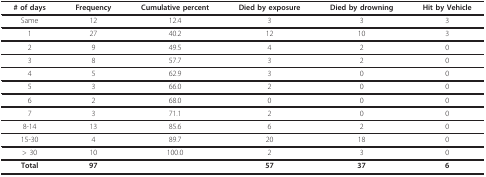
<table><thead><tr><td><b># of days</b></td><td><b>Frequency</b></td><td><b>Cumulative percent</b></td><td><b>Died by exposure</b></td><td><b>Died by drowning</b></td><td><b>Hit by Vehicle</b></td></tr></thead><tbody><tr><td>Same</td><td>12</td><td>12.4</td><td>3</td><td>3</td><td>3</td></tr><tr><td>1</td><td>27</td><td>40.2</td><td>12</td><td>10</td><td>3</td></tr><tr><td>2</td><td>9</td><td>49.5</td><td>4</td><td>2</td><td>0</td></tr><tr><td>3</td><td>8</td><td>57.7</td><td>3</td><td>2</td><td>0</td></tr><tr><td>4</td><td>5</td><td>62.9</td><td>3</td><td>0</td><td>0</td></tr><tr><td>5</td><td>3</td><td>66.0</td><td>2</td><td>0</td><td>0</td></tr><tr><td>6</td><td>2</td><td>68.0</td><td>0</td><td>0</td><td>0</td></tr><tr><td>7</td><td>3</td><td>71.1</td><td>2</td><td>0</td><td>0</td></tr><tr><td>8-14</td><td>13</td><td>85.6</td><td>6</td><td>2</td><td>0</td></tr><tr><td>15-30</td><td>4</td><td>89.7</td><td>20</td><td>18</td><td>0</td></tr><tr><td>&gt; 30</td><td>10</td><td>100.0</td><td>2</td><td>3</td><td>0</td></tr><tr><td><b>Total</b></td><td><b>97</b></td><td></td><td><b>57</b></td><td><b>37</b></td><td><b>6</b></td></tr></tbody></table>